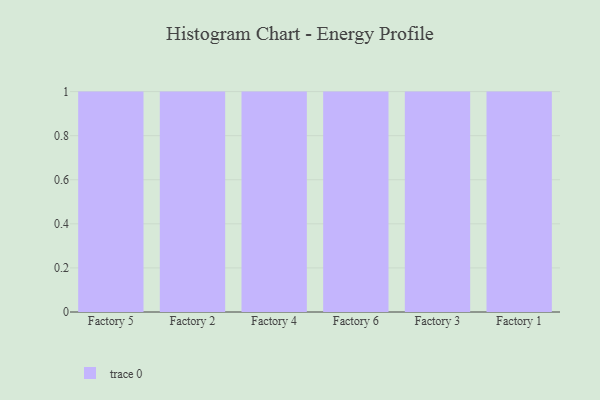
{"axis": {"x": "Factory", "y": "Net Income (USD K)"}, "legend": [""], "data": [{"x": "Factory 5", "y": 54, "type": ""}, {"x": "Factory 2", "y": 36, "type": ""}, {"x": "Factory 4", "y": 22, "type": ""}, {"x": "Factory 6", "y": 11, "type": ""}, {"x": "Factory 3", "y": 9, "type": ""}, {"x": "Factory 1", "y": 96, "type": ""}]}